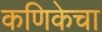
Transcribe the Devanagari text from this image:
कणिकेचा